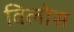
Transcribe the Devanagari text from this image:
विलोस